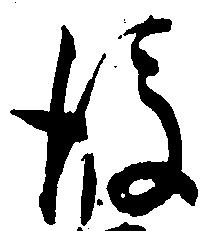
後